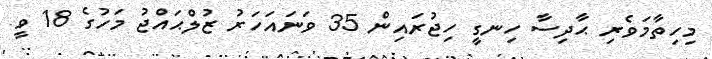
މިހިތާމަވެރި ޙާދިސާ ހިނގީ ހިޖުރައިން 35 ވަނައަހަރު ޒުލްޙައްޖު މަހުގެ 18 ވީ